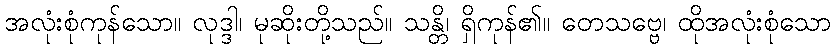
အလုံးစုံကုန်သော။ လုဒ္ဒါ၊ မုဆိုးတို့သည်။ သန္တိ၊ ရှိကုန်၏။ တေသဗ္ဗေ၊ ထိုအလုံးစုံသော